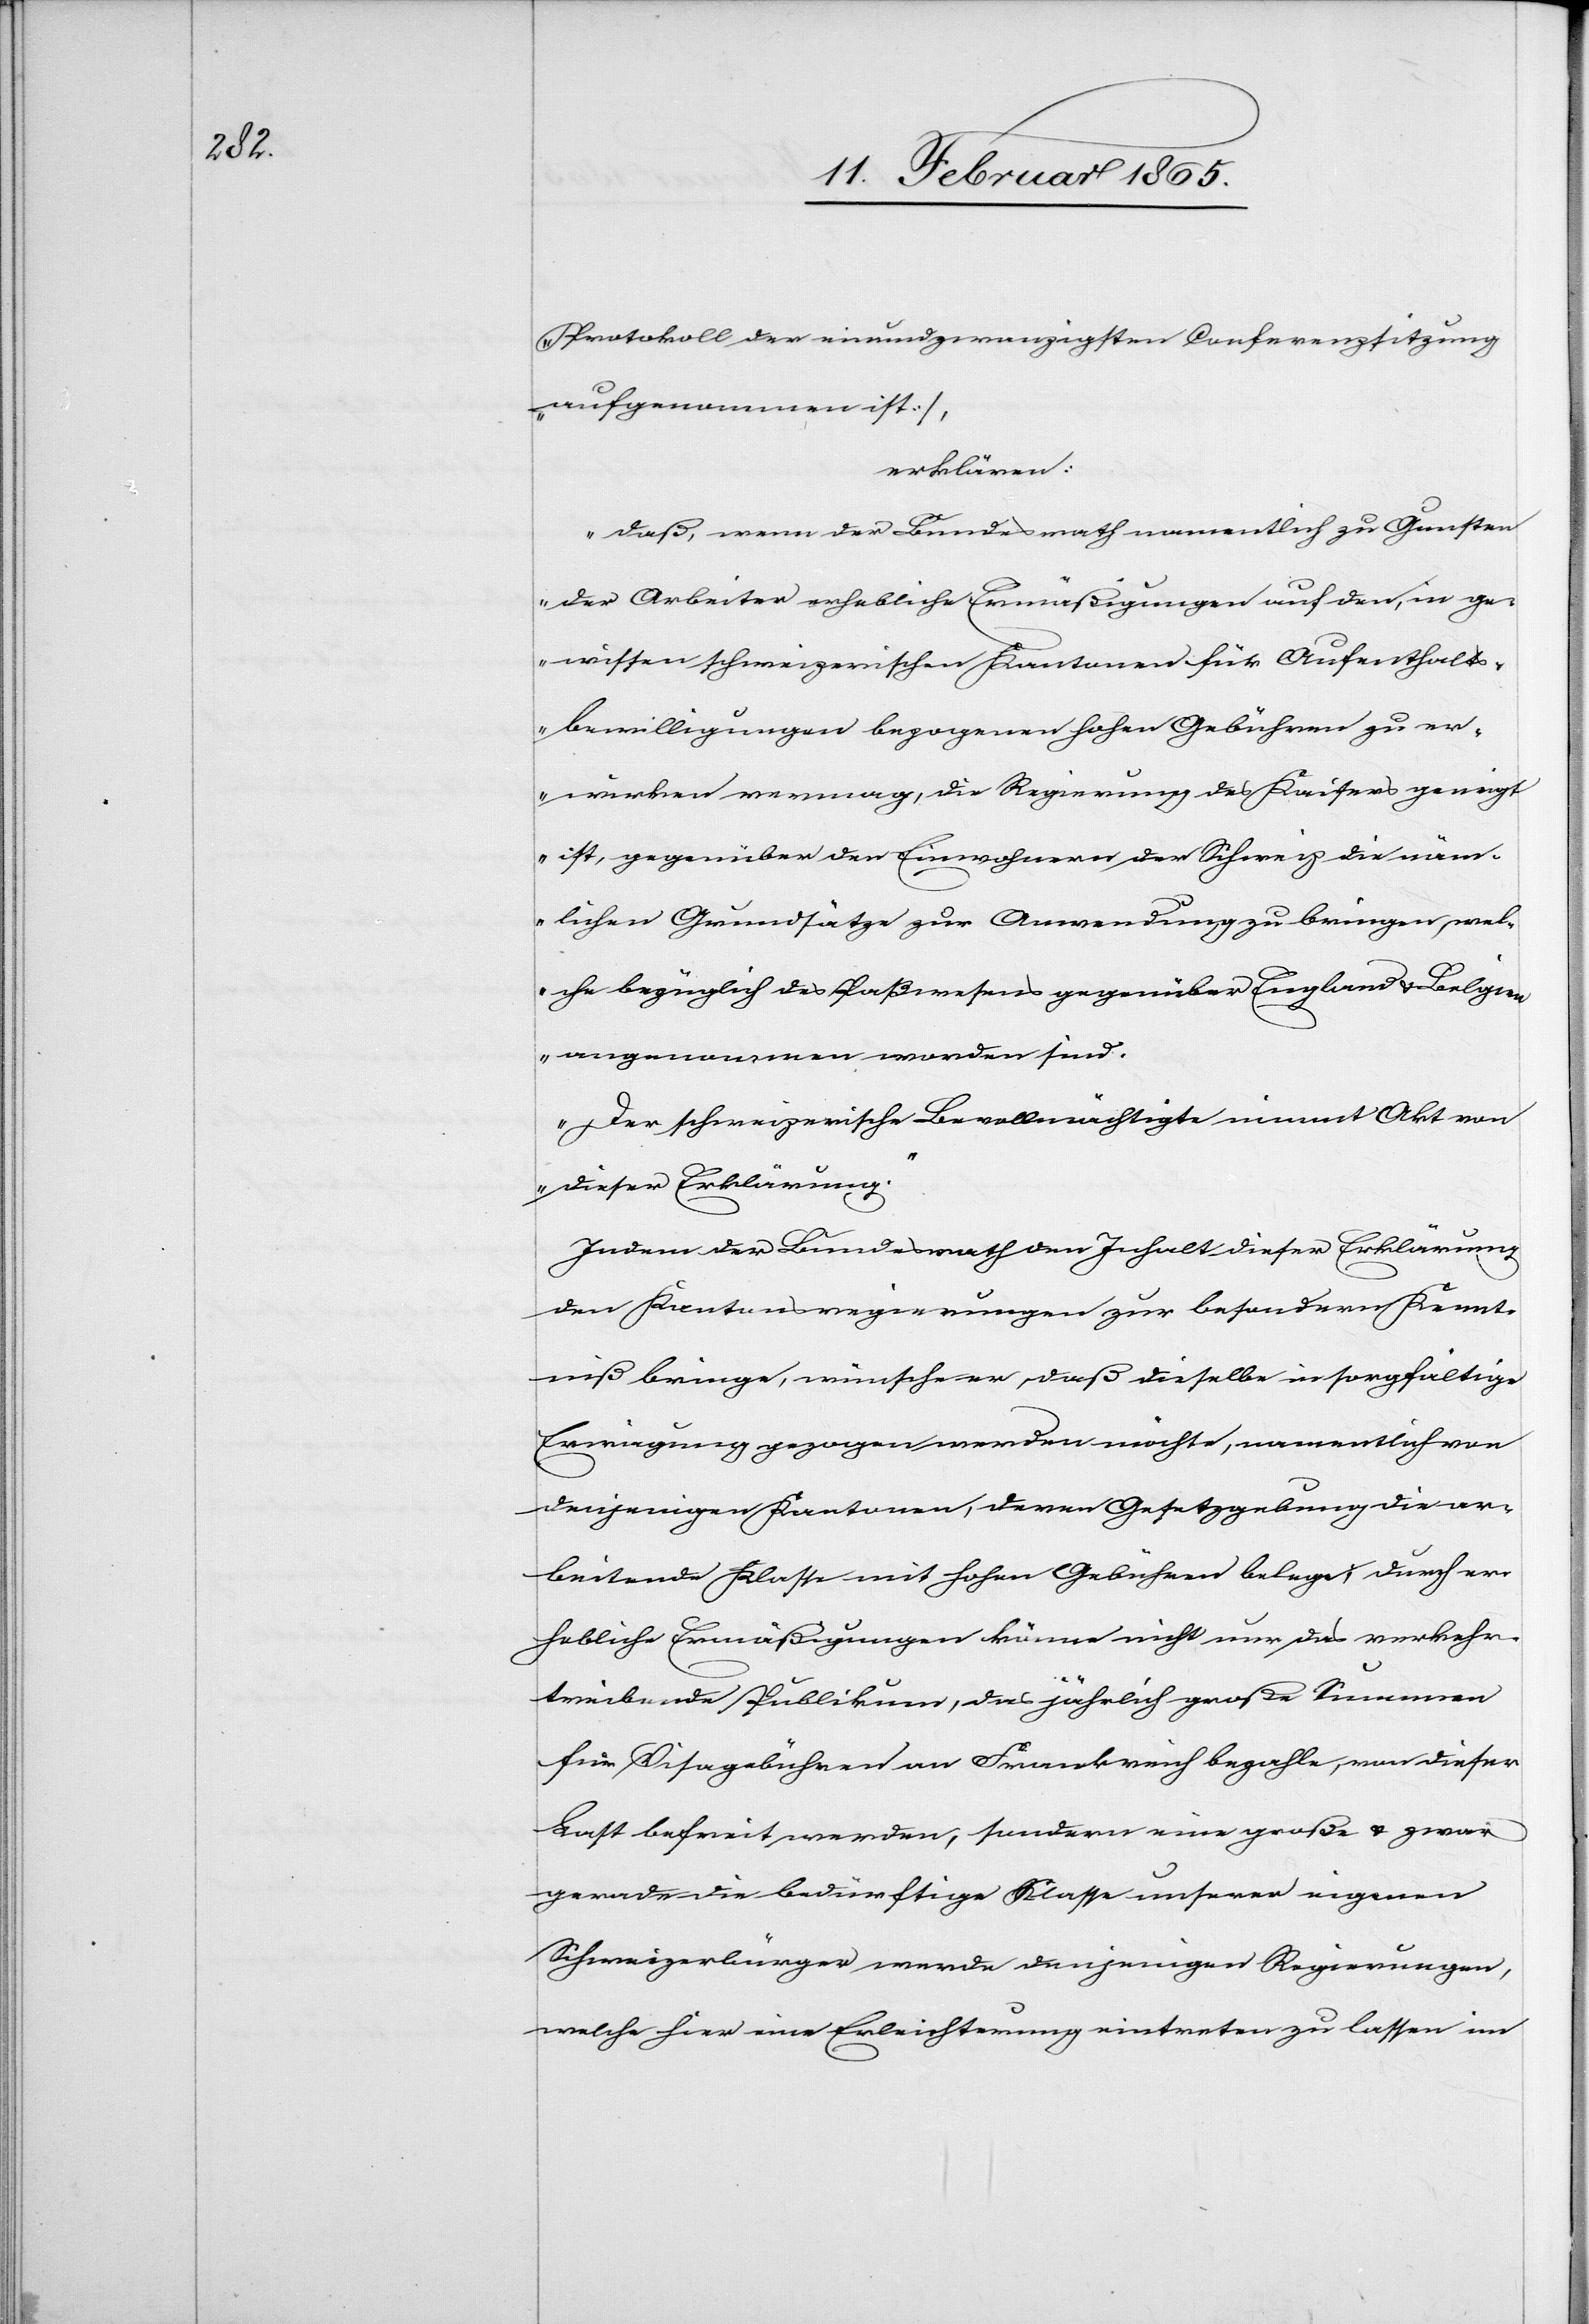
Protokoll der einundzwanzigsten Conferenzsitzung
aufgenommen ist],
erklären:
Daß, wenn der Bundesrath namentlich zu Gunsten
der Arbeiter erhebliche Ermäßigungen auf den, in ge¬
wissen schweizerischen Kantonen für Aufenthalts¬
bewilligungen bezogenen hohen Gebühren zu er¬
wirken vermag, die Regierung des Kaisers geneigt
ist, gegenüber den Einwohnern der Schweiz die näm¬
lichen Grundsätze zur Anwendung zu bringen, wel¬
che bezüglich des Paßwesens gegenüber England u. Belgien
angenommen worden sind.
Der schweizerische Bevollmächtigte nimmt Akt von
dieser Erklärung.“
Indem der Bundesrath den Inhalt dieser Erklärung
den Kantonsregierungen zur besondern Kennt¬
niß bringe, wünsche er, daß dieselbe in sorgfältige
Erwägung gezogen werden möchte, namentlich von
denjenigen Kantonen, deren Gesetzgebung die ar¬
beitende Klasse mit hohen Gebühren belege; durch er¬
hebliche Ermäßigungen könne nicht nur das verkehr¬
treibende Publikum, das jährlich große Summen
für Visagebühren an Frankreich bezahle, von dieser
Last befreit werden, sondern eine große u. zwar
gerade die bedürftige Klasse unserer eigenen
Schweizerbürger werde denjenigen Regierungen,
welche hier eine Erleichterung eintreten zu lassen im